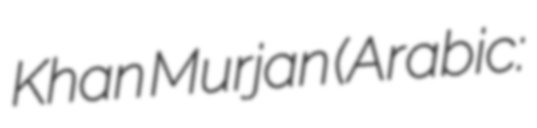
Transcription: Khan Murjan (Arabic: